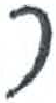
אות: ר